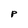
Character: P